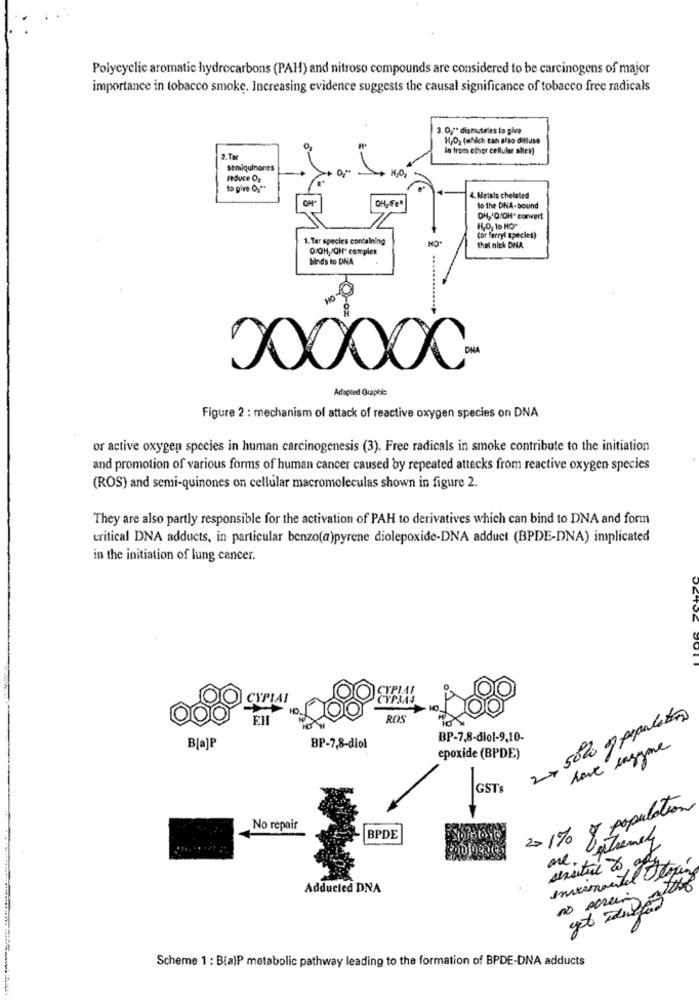
Polycyclic aromatic hydrocarbons (PAH) and nitroso compounds are considered to be carcinogens of major
importance in tobacco smoke. Increasing evidence suggests the causal significance of tobacco free radicals
3. 0 ,** dismutates to give
HjO2 (which can also diffuse
In from other cellular alten)
2.TM
semiquinones
to give 0 ;**
4. Metals chelaled
So the DNA-bound
OH,Q/OH* convert
H,O, 10 HO"
1. Tar species containing
(or ferryl species)
O/OHOH complex
thal nick DNA
binds to DNA
DHA
000000
Adapted Graphie
Figure 2 : mechanism of attack of reactive oxygen species on DNA
or active oxygen species in human carcinogenesis (3). Free radicals in smoke contribute to the initiation
and promotion of various forms of human cancer caused by repeated attacks from reactive oxygen species
(ROS) and semi-quinones on cellular macromoleculas shown in figure 2.
They are also partly responsible for the activation of PAH to derivatives which can bind to DNA and form
critical DNA adducts, in particular benzo(a)pyrene diolepoxide-DNA adduct (BPDE-DNA) implicated
in the initiation of lung cancer.
USTOS
CYPIAL
CYP3AS
ROS
2, 50% of population
BP-7,8-diol-9,10-
B[a]P
BP-7,8-diol
have razyme
epoxide (BPDE)
GSTS
>> 1% y population
No repair
BPDE
sensitive to off
Inviomantel toxin
Adducted DNA
no screening
Scheme 1 : Bia)P metabolic pathway leading to the formation of BPDE-DNA adducts